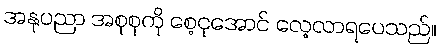
အနုပညာ အစုစုကို စေ့ငုအောင် လေ့လာရပေသည်။